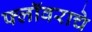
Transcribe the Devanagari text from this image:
फ्लॉवराचे